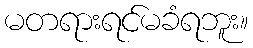
မတရားရင်မခံရဘူး။